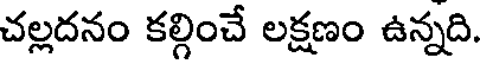
చల్లదనం కల్గించే లక్షణం ఉన్నది.